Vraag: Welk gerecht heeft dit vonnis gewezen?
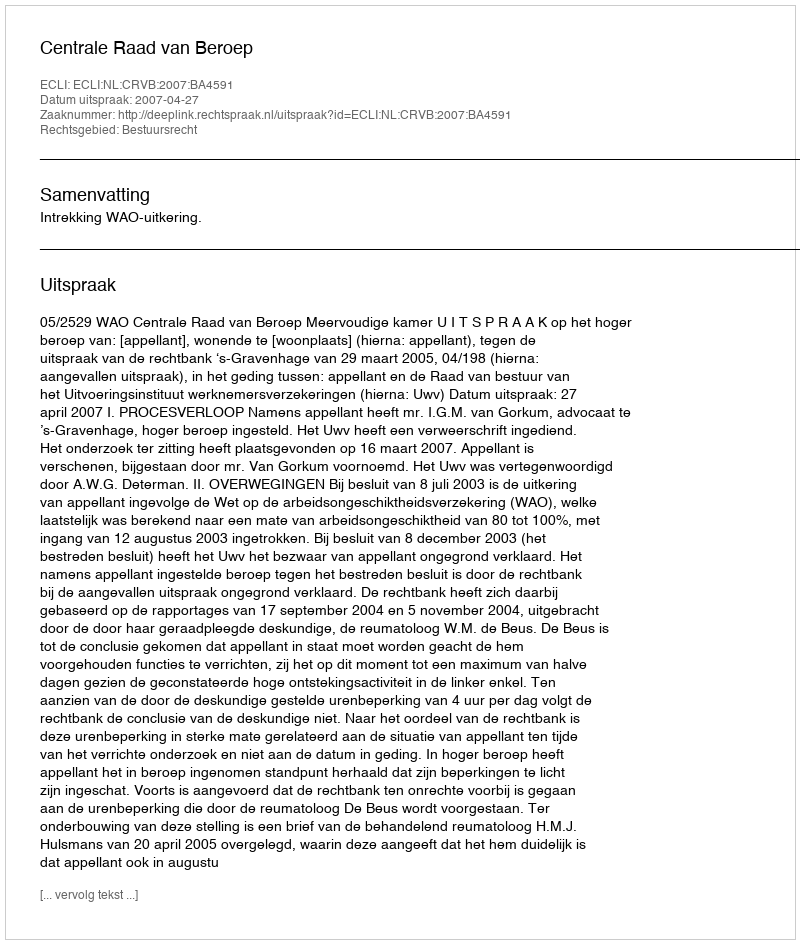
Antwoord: Centrale Raad van Beroep